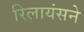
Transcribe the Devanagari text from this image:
रिलायंसने